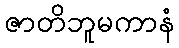
ဇာတိဘူမကာနံ